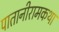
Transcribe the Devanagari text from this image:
पातानीरामकथा